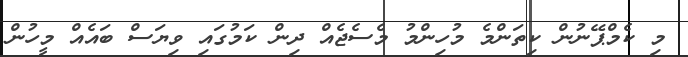
މި ކެމްޕޭނުން ކިތަންމެ މުހިންމު މެސެޖެއް ދިން ކަމުގައި ވިޔަސް ބައެއް މީހުން